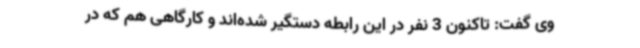
وی گفت: تاکنون 3 نفر در این رابطه دستگیر شده‌اند و کارگاهی هم که در